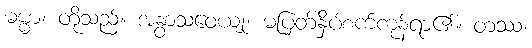
ဓမ္မာ၊ တို့သည်။ အနွာသဝေယျုံ၊ မပြတ်နှိပ်စက်ကုန်ရာ၏။ တဿ၊